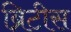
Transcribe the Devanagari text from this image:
ब्रिटीस